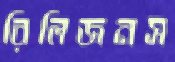
রিলিজনস